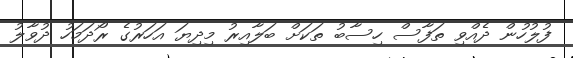
ފުލުހުން ދެއްވި ތަފާސް ހިސާބު ތަކަށް ބަލާއިރު މިދިޔަ އަހަރުގެ ރޯދަމަހު ދުވާލު